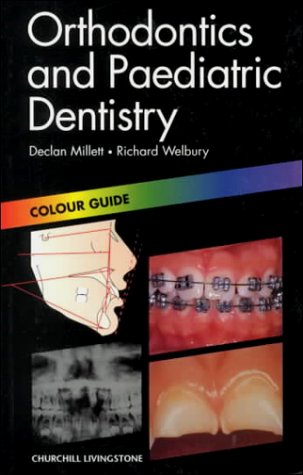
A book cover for Orthodontics and Paediatric Dentistry: Colour Guide, 1e (Colour Guides); Declan Millett BDSc  DDS  FDSRCPS  FDSRCS  DOrthRCSEng  MOrthRCSEng; Medical Books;